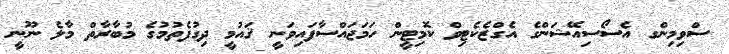
ސްވިމިންގ އެސޯސިއޭޝަންގެ އެގްޒެކެޓިވް ކޮމިޓީން ހަމަޖައްސާފައިވަނީ ޤައުމީ ދިގުފެތުމުގެ މުބާރާތް މާލެ ނޫނީ